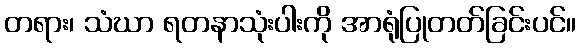
တရား၊ သံဃာ ရတနာသုံးပါးကို အာရုံပြုတတ်ခြင်းပင်။